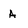
Character: A